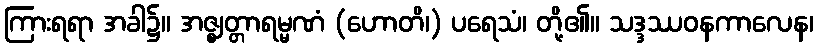
ကြားရရာ အခါ၌။ အဇ္ဈတ္တာရမ္မဏံ (ဟောတိ၊) ပရေသံ၊ တို့၏။ သဒ္ဒဿဝနကာလေန၊